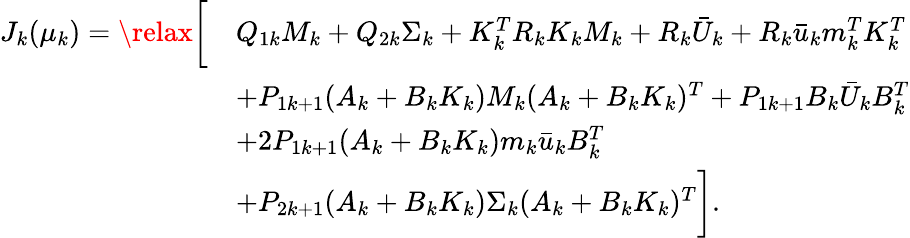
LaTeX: \begin{array}{rl}{J_{k}(\mu_{k})=\relax\biggl[}&{Q_{1k}M_{k}+Q_{2k}\Sigma_{k}+K_{k}^{T}R_{k}K_{k}M_{k}+R_{k}\bar{U}_{k}+R_{k}\bar{u}_{k}m_{k}^{T}K_{k}^{T}}\\ &{+P_{1k+1}(A_{k}+B_{k}K_{k})M_{k}(A_{k}+B_{k}K_{k})^{T}+P_{1k+1}B_{k}\bar{U}_{k}B_{k}^{T}}\\ &{+2P_{1k+1}(A_{k}+B_{k}K_{k})m_{k}\bar{u}_{k}B_{k}^{T}}\\ &{+P_{2k+1}(A_{k}+B_{k}K_{k})\Sigma_{k}(A_{k}+B_{k}K_{k})^{T}\biggr].}\end{array}